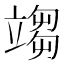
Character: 𥪥